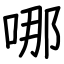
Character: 哪